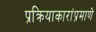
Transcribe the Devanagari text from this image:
प्रक्रियाकारांप्रमाणे